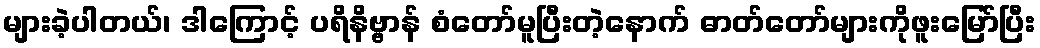
များခဲ့ပါတယ်၊ ဒါကြောင့် ပရိနိဗ္ဗာန် စံတော်မူပြီးတဲ့နောက် ဓာတ်တော်များကိုဖူးမြော်ပြီး